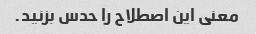
معنی این اصطلاح را حدس بزنید.